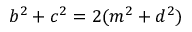
b ^ { 2 } + c ^ { 2 } = 2 ( m ^ { 2 } + d ^ { 2 } )